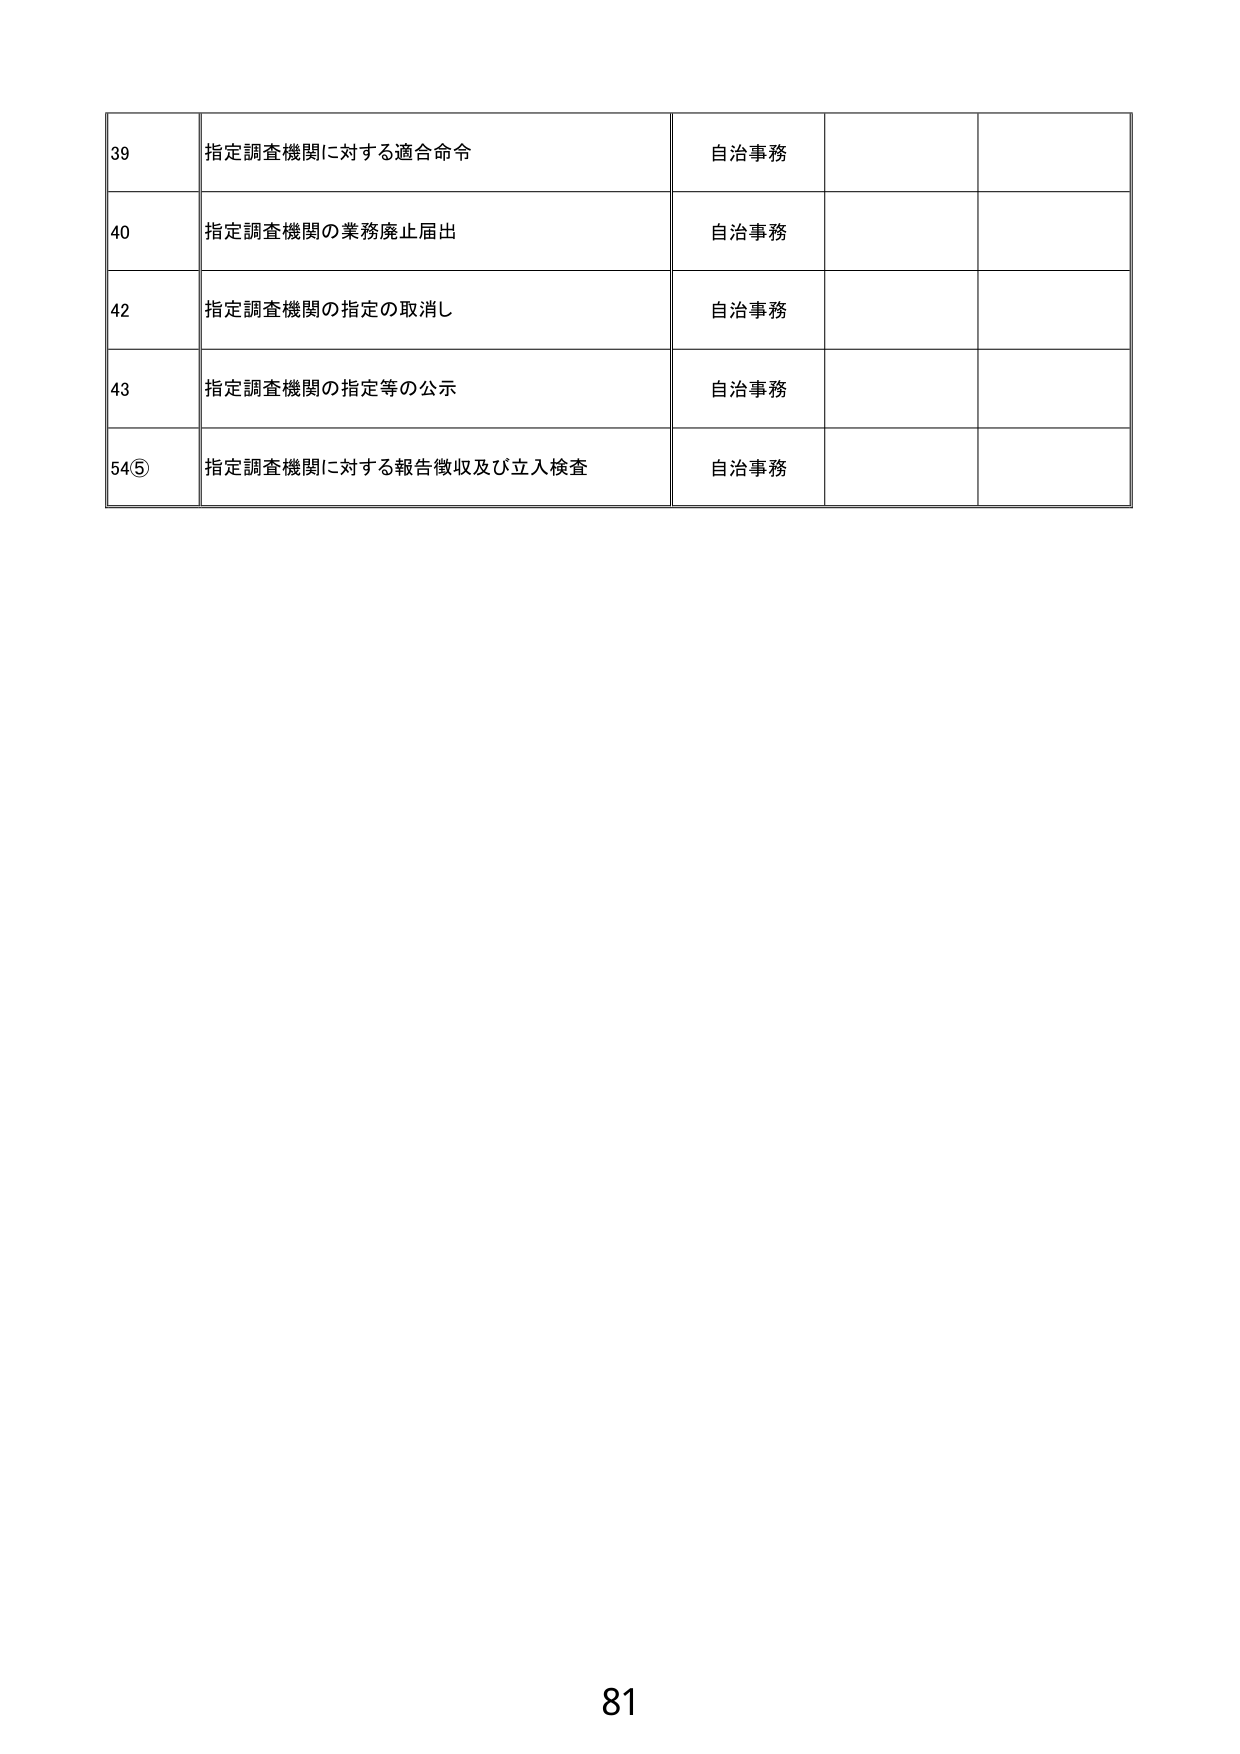
39 指定調査機関に対する適合命令 自治事務
40 指定調査機関の業務廃止届出 自治事務
42 指定調査機関の指定の取消し 自治事務
43 指定調査機関の指定等の公示 自治事務
54⑤ 指定調査機関に対する報告徴収及び立入検査 自治事務
81